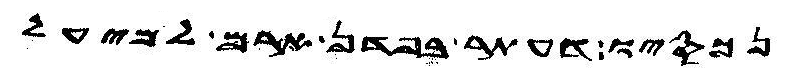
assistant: נכסיו דעתר בפדן ארם למיעל